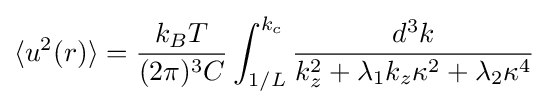
\langle u^{2}(r)\rangle ={\frac {k_{B}T}{(2\pi )^{3}C}}\int _{1/L}^{k_{c}}{\frac {d^{3}k}{k_{z}^{2}+\lambda _{1}k_{z}\kappa ^{2}+\lambda _{2}\kappa ^{4}}}